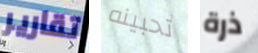
تقارير تحبينه ذرة